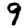
Digit: 9